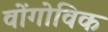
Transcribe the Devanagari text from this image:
वोंगोविक